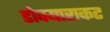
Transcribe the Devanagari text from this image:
डोक्यासकट